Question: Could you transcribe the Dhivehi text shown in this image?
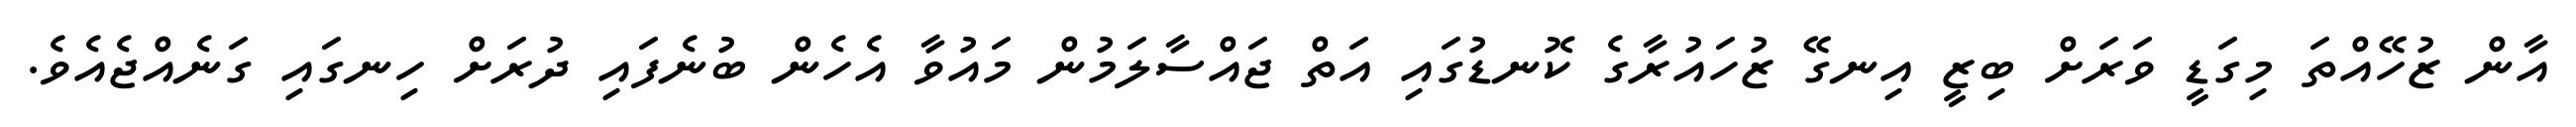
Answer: އާން ޒުހޭއްތަ މިގަޑީ ވަރަށް ބިޒީ އިނގޭ ޒުހައުރާގެ ކޮނޑުގައި އަތް ޖައްސާލަމުން މައުވާ އެހެން ބުނެފައި ދުރަށް ހިނގައި ގަނެއްޖެއެވެ.